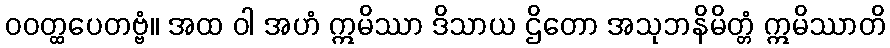
ဝဝတ္ထပေတဗ္ဗံ။ အထ ဝါ အဟံ ဣမိဿာ ဒိသာယ ဌိတော အသုဘနိမိတ္တံ ဣမိဿာတိ